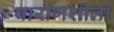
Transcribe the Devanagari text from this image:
वाराणशीला